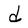
Character: d